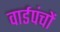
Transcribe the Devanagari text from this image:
वार्डपंचों